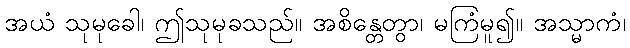
အယံ သုမုခေါ၊ ဤသုမုခသည်။ အစိန္တေတွာ၊ မကြံမူ၍။ အသ္မာကံ၊